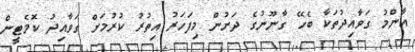
އާންމު ގަވާއިދުތަކާ ބެހޭ ގާނޫނުގެ ދަށުން މިފަހަރު އިތުރު ކުރުމަށް ގަވާއިދު ކޮމެޓީން